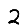
Digit: 2